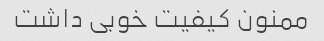
ممنون کیفیت خوبی داشت